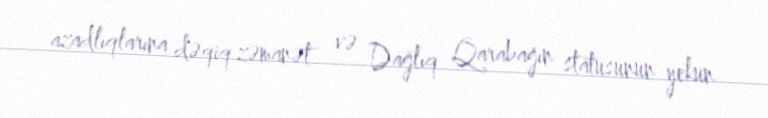
azadlıqlarına dəqiq zəmanət və Dağlıq Qarabağın statusunun yekun